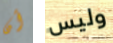
أن وليس